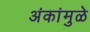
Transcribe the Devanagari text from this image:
अंकांमुळे